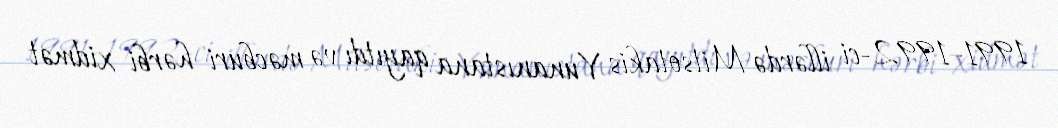
1991–1992-ci illərdə Mitsotakis Yunanıstana qayıtdı və məcburi hərbi xidmət